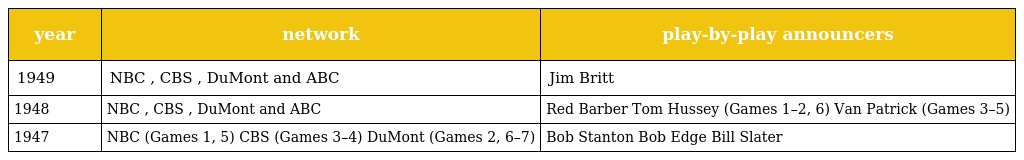
| year | network | play-by-play announcers |
 | --- | --- | --- |
 | 1949 | NBC , CBS , DuMont and ABC | Jim Britt |
 | 1948 | NBC , CBS , DuMont and ABC | Red Barber Tom Hussey (Games 1–2, 6) Van Patrick (Games 3–5) |
 | 1947 | NBC (Games 1, 5) CBS (Games 3–4) DuMont (Games 2, 6–7) | Bob Stanton Bob Edge Bill Slater |